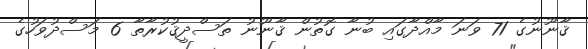
ޤާނޫނުގެ 71 ވަނަ މާއްދާގައި ބުނާ ގޮތުން ޤާނޫނު ތަސްދީޤުކުރާތާ 6 މަސްދުވަހުގެ